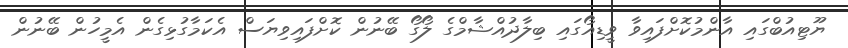
ޔޫޓިއުބްގައި އާންމުކޮށްފައިވާ ވީޑިއޯގައި ބިލާދުއްޝާމްގެ ލޯގޯ ބޭނުން ކޮށްފައިވިޔަސް އެކަމާގުޅިގެން އެމީހުން ބޭނުން